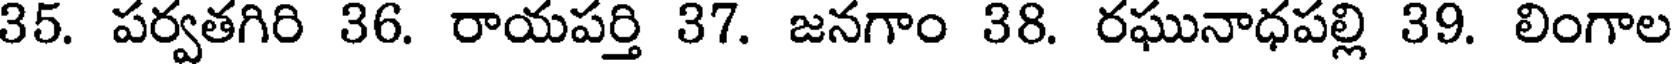
35. పర్వతగిరి 36. రాయపర్తి 37. జనగాం 38. రఘునాధపల్లి 39. లింగాల